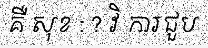
គឺ សុខ : ? វិ ការជួប